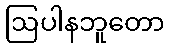
ဩပါနဘူတော